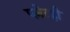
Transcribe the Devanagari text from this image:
प्लेटही